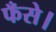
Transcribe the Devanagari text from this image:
फँसे।